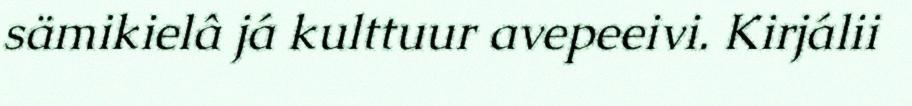
sämikielâ já kulttuur avepeeivi. Kirjálii